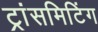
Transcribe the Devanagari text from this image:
ट्रांसमिटिंग